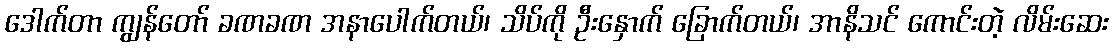
ဒေါက်တာ ကျွန်တော် ခဏခဏ အနာပေါက်တယ်၊ သိပ်ကို ဦးနှောက် ခြောက်တယ်၊ အာနိသင် ကောင်းတဲ့ လိမ်းဆေး